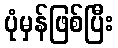
ပုံမှန်ဖြစ်ပြီး